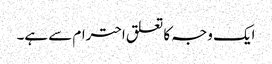
ایک وجہ کا تعلق احترام سے ہے۔